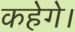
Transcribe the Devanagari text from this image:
कहेगे।